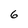
Character: 6